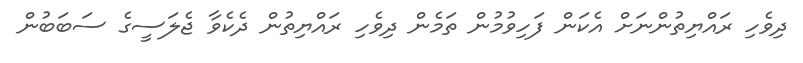
ދިވެހި ރައްޔިތުންނަށް އެކަން ފަހިވުމުން ތަމެން ދިވެހި ރައްޔިތުން ދެކެވާ ޖެލަސީގެ ސަބަބުން